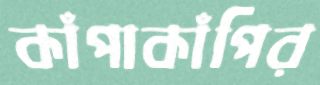
কাঁপাকাঁপির